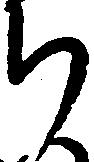
ち